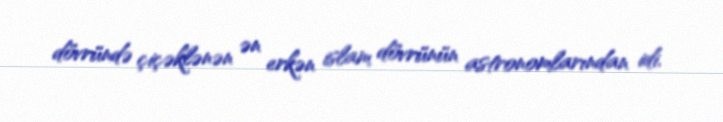
dövründə çiçəklənən ən erkən islam dövrünün astronomlarından idi.